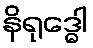
နိရုဒ္ဓေါ